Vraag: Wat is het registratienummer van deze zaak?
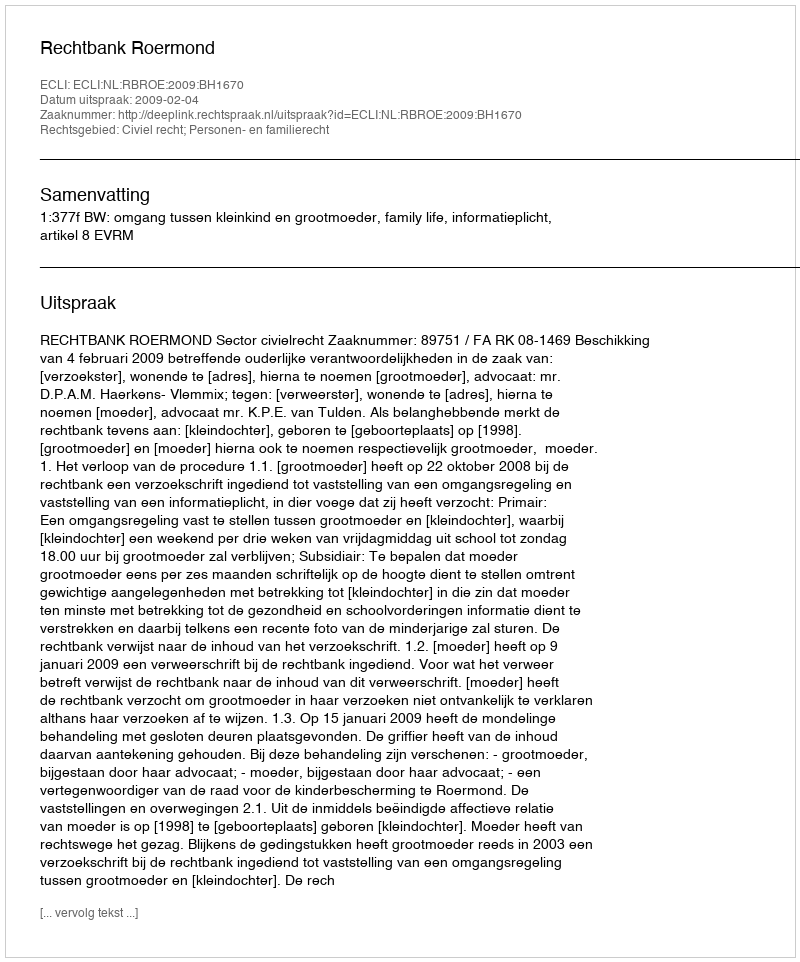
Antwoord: http://deeplink.rechtspraak.nl/uitspraak?id=ECLI:NL:RBROE:2009:BH1670